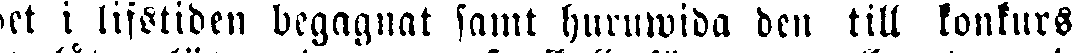
det i lifstiden begagnat samt huruwida den till konkurs